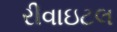
રીવાઇટલ